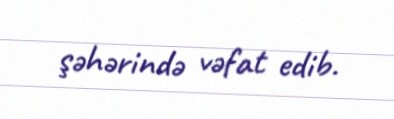
şəhərində vəfat edib.